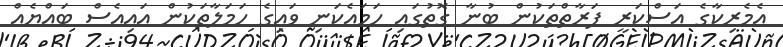
އެމެރިކާގެ އަސްކަރީ ފަރާތްތަކުން ބުނާ ގޮތުގައި ހަމައެކަނި ވައިގެ ހަމަލާތަކުން އައިއެސް ބައްޔެއް